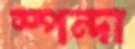
স্পন্দা